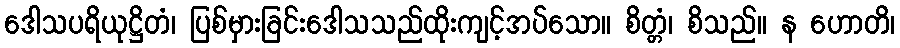
ဒေါသပရိယုဋ္ဌိတံ၊ ပြစ်မှားခြင်းဒေါသသည်ထိုးကျင့်အပ်သော။ စိတ္တံ၊ စိသည်။ န ဟောတိ၊